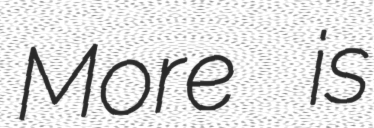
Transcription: More is